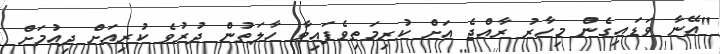
"އޭނާ ވަޑައިގެން މިހާރު ރާއްޖެ އަށް ކުރިމަތިވެފައިވާ ހާލަތުން ދުރުވެ ކުރިއަށް ދިއުމަށް